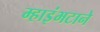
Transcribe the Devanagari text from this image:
म्हाइंभटाने